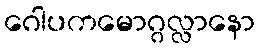
ဂေါပကမောဂ္ဂလ္လာနော